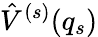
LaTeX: \hat{V}^{(s)}(q_{s})